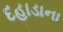
દહાડાના